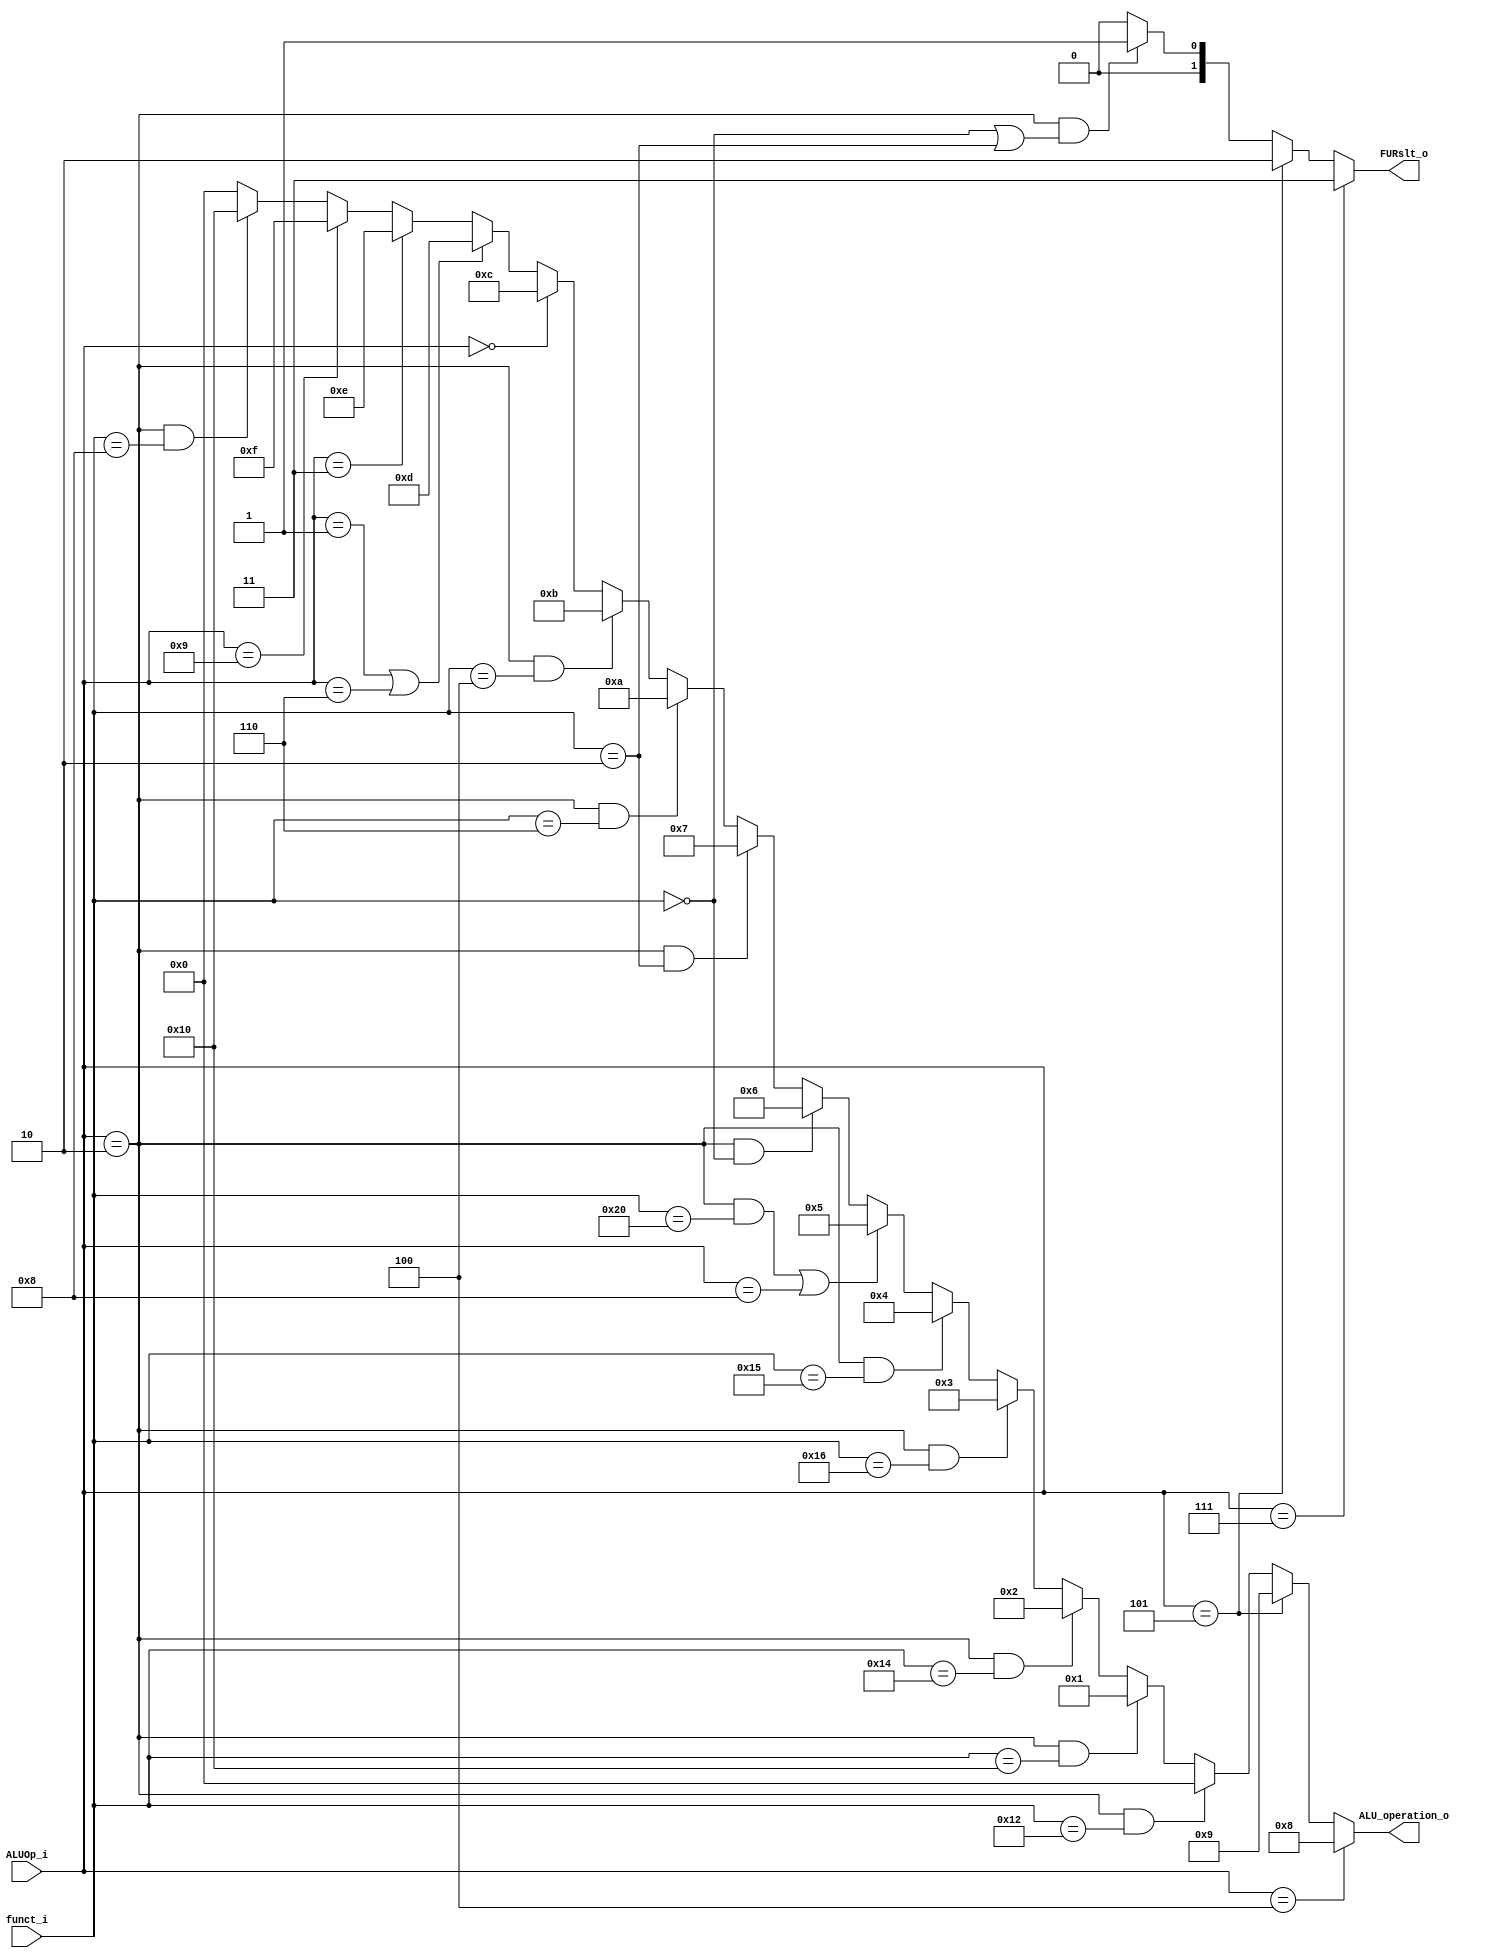
module ALU_Ctrl( funct_i, ALUOp_i, ALU_operation_o, FURslt_o );

//I/O ports 
input      [6-1:0] funct_i;
input      [4-1:0] ALUOp_i;

output     [5-1:0] ALU_operation_o;  
output     [2-1:0] FURslt_o;

     
//Internal Signals
wire		[5-1:0] ALU_operation_o;
wire		[2-1:0] FURslt_o;



//Main function
/*your code here*/
assign FURslt_o = (ALUOp_i==7) ?3 :((ALUOp_i==5) ?2:((ALUOp_i==2)&&((funct_i==0)||(funct_i==2))?1:0));
assign ALU_operation_o = (ALUOp_i==4) ?8: //addi
						(ALUOp_i==5) ?9: //lui
						(ALUOp_i==2)&&(funct_i==18) ?0: //add
						(ALUOp_i==2)&&(funct_i==16) ?1: //sub
						(ALUOp_i==2)&&(funct_i==20) ?2: //and
						(ALUOp_i==2)&&(funct_i==22) ?3: //or
						(ALUOp_i==2)&&(funct_i==21) ?4: //nor
						((ALUOp_i==2)&&(funct_i==32))||(ALUOp_i==8) ?5: //slt, blt
						(ALUOp_i==2)&&(funct_i==0) ?6: //sll
						(ALUOp_i==2)&&(funct_i==2) ?7: //srl
						(ALUOp_i==2)&&(funct_i==6) ?10: //sllv
						(ALUOp_i==2)&&(funct_i==4) ?11: //srlv
						(ALUOp_i==0) ?12: //lw, sw
						(ALUOp_i==1)||(ALUOp_i==6) ?13: //beq, bne
						(ALUOp_i==3) ?14: //bnez
						(ALUOp_i==9) ?15: //bgez
						(ALUOp_i==2)&&(funct_i==8) ?16: //jr
						0;

endmodule